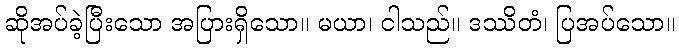
ဆိုအပ်ခဲ့ပြီးသော အပြားရှိသော။ မယာ၊ ငါသည်။ ဒဿိတံ၊ ပြအပ်သော။